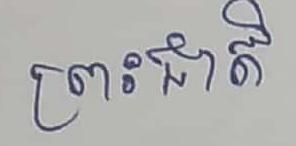
ប្រះជាតិ